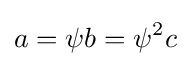
a=\psi b=\psi ^{2}c